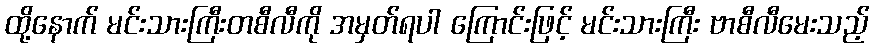
ထို့နောက် မင်းသားကြီးတစီလီကို အမှတ်ရပါ ကြောင်းဖြင့် မင်းသားကြီး ဗာစီလီမေးသည့်